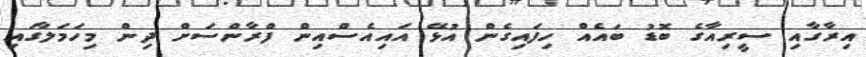
އިރާގާއި ސީރިއާގެ ބޮޑު ބައެއް ހިފައިގެން އުޅޭ އައިއެސްއިން ފްރާންސަށް ދިން މިހަމަލާގައި